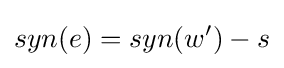
syn(e)=syn(w')-s